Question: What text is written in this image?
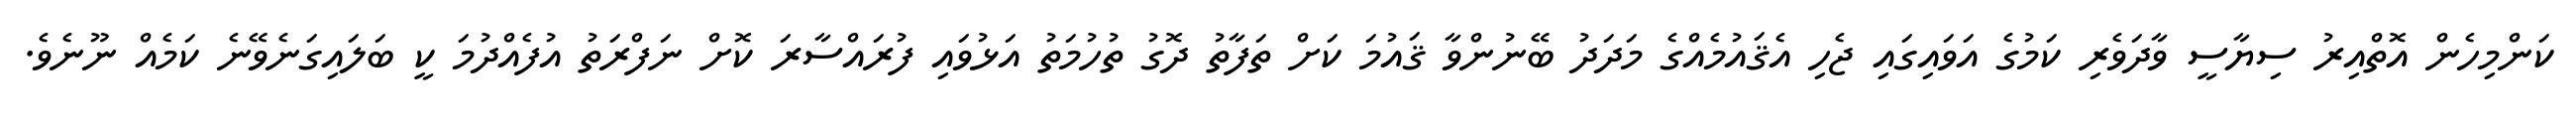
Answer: ކަންމިހެން އޮތްއިރު ސިޔާސީ ވާދަވެރި ކަމުގެ އަވައިގައި ޖެހި އެޤައުމެއްގެ މަދަދު ބޭނުންވާ ޤައުމަ ކަށް ތަފާތު ދޮގު ތުހުމަތު އަޅުވައި ފުރައްސާރަ ކޮށް ނަފްރަތު އުފެއްދުމަ ކީ ބަލައިގަނެވޭނެ ކަމެއް ނޫނެވެ.